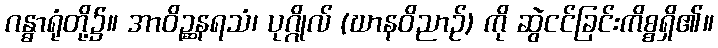
ဂန္ဓာရုံတို့၌။ အာဝိဉ္ဆနရသံ၊ ပုဂ္ဂိုလ် (ဃာနဝိညာဉ်) ကို ဆွဲငင်ခြင်းကိစ္စရှိ၏။